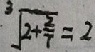
\sqrt [ 3 ] { 2 + \frac { 2 } { 7 } } = 2